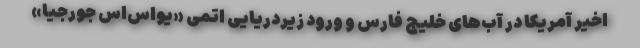
اخیر آمریکا در آب‌های خلیج فارس و ورود زیردریایی اتمی «یواس‌اس جورجیا»